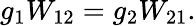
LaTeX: g_{1}W_{12}=g_{2}W_{21}.